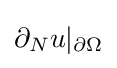
{\textstyle \partial _{N}u|_{\partial \Omega }}